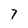
Character: 7